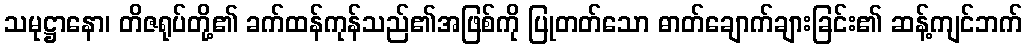
သမုဋ္ဌာနော၊ တိဇရုပ်တို့၏ ခက်ထန်ကုန်သည်၏အဖြစ်ကို ပြုတတ်သော ဓာတ်ချောက်ချားခြင်း၏ ဆန့်ကျင်ဘက်